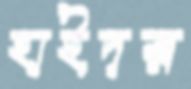
হাইদর